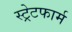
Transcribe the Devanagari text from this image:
स्ट्रेटफार्म